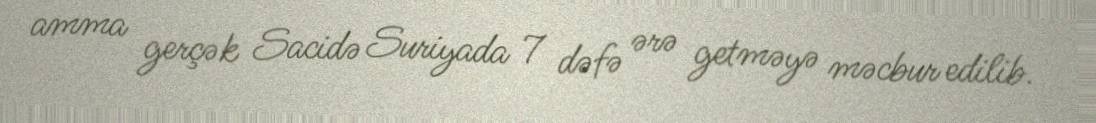
amma gerçək Sacidə Suriyada 7 dəfə ərə getməyə məcbur edilib.